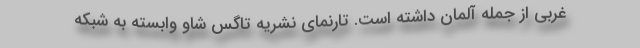
غربی از جمله آلمان داشته است. تارنمای نشریه تاگس شاو وابسته به شبکه